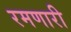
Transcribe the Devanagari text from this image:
रमणारी